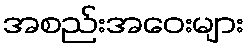
အစည်းအဝေးများ